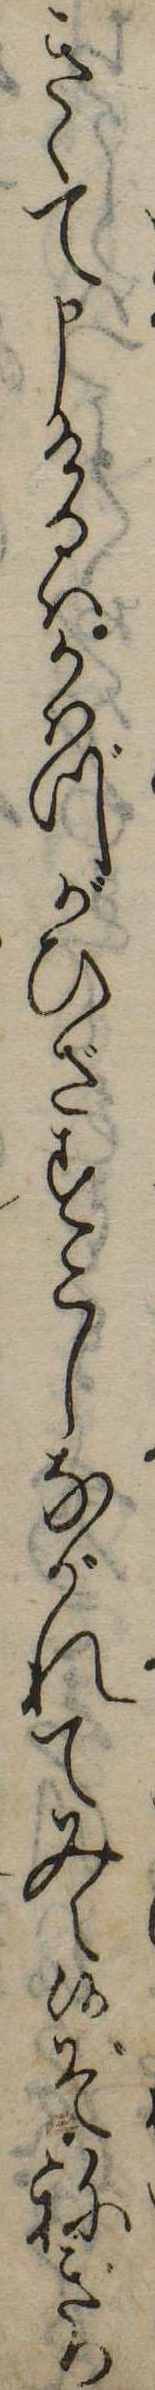
きゝて申けるはかはづがひざすこしながれてみえ候ぞねぎり